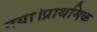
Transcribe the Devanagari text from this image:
गया।प्राथमिक